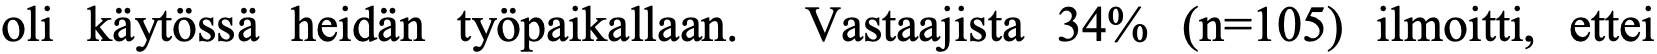
oli käytössä heidän työpaikallaan. Vastaajista 34% (n=105) ilmoitti, ettei